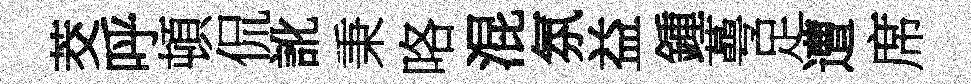
茭呼頓侃訛秉咯混氛益鍾蕚足遭席